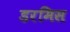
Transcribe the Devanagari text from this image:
डरमिस